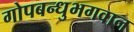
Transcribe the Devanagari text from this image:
गोपबन्धुभगवान